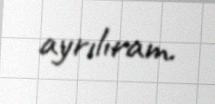
ayrılıram.